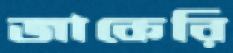
জাকেরি